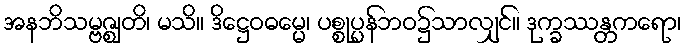
အနဘိသမ္ဗဇ္ဈတိ၊ မသိ။ ဒိဋ္ဌေဝဓမ္မေ၊ ပစ္စုပ္ပန်ဘဝ၌သာလျှင်။ ဒုက္ခဿန္တကရော၊